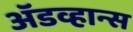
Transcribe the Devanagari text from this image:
ॲडव्हान्स